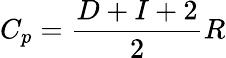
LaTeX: C_{p}=\frac{D+I+2}{2}R